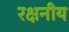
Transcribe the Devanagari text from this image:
रक्षनीय